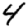
Digit: 4